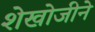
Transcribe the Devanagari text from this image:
शेखोजीने